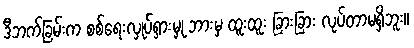
ဒီဘက်ခြမ်းက စစ်ရေးလှုပ်ရှားမှု ဘားမှ ထူးထူး ခြားခြား လုပ်တာမရှိဘူး။